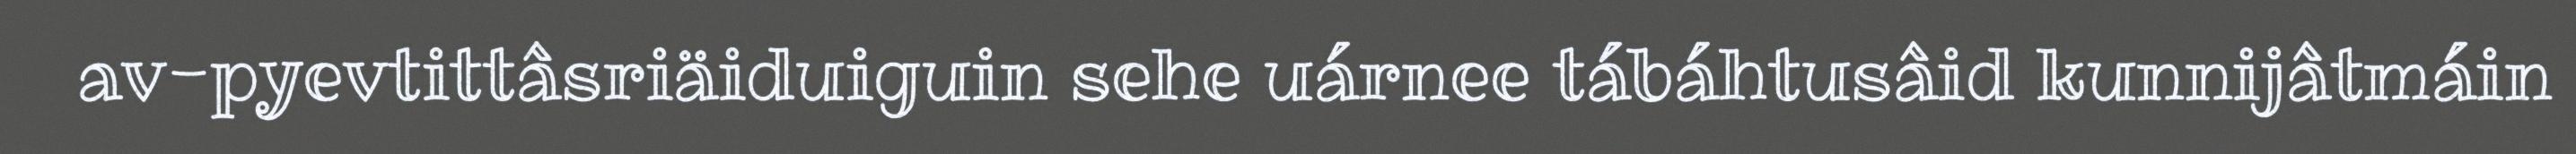
av-pyevtittâsriäiduiguin sehe uárnee tábáhtusâid kunnijâtmáin